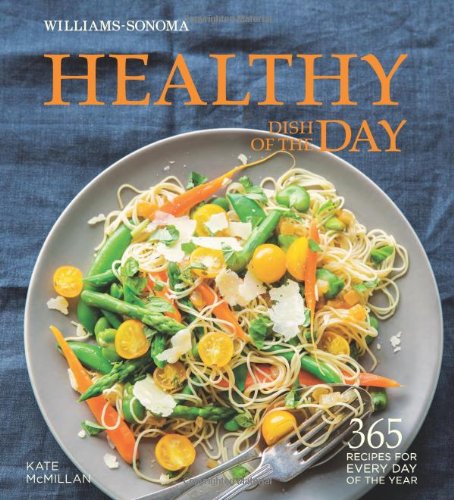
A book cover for Healthy Dish of the Day (Williams-Sonoma); Kate McMillan; Cookbooks, Food & Wine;